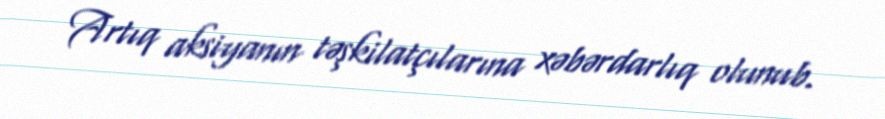
Artıq aksiyanın təşkilatçılarına xəbərdarlıq olunub.